Bombay plague: being a history of the progress of plague in the Bombay presidency from September 1896 to June 1899
Year: 1896
Disease focus: Plague
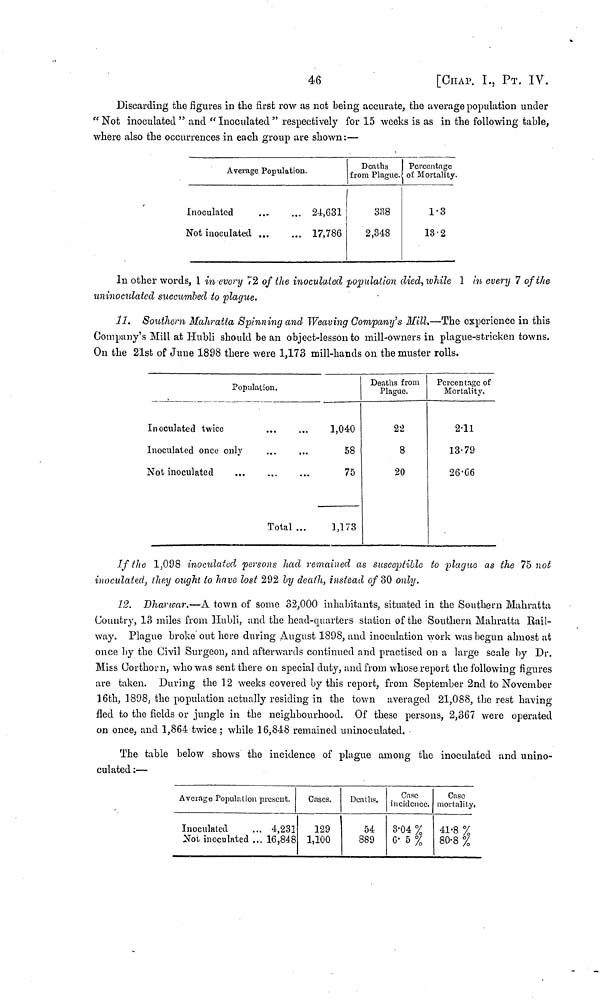
46
[CHAP. 1., ΡT. IV.
Discarding the figures in the first row as not being accurate, the average population under
" Not inoculated " and " Inoculated " respectively for 15 weeks is as in the following table,
where also the occurrences in each group are shown:—
Average Population.
Inoculated
24,631
Not inoculated
17,786
Deaths
from Plague.
338
2,348
Percentage
oí Mortality.
1.3
13.2
In other words, 1 in every 72 of the inoculated population died, while 1 in every 7 of the
uninoculatcd succumbed to plague.
11. Southern Mahratta Spinning and Weaving Company's Mill.—The experience in this
Company's Mill at Hubli should be an object-lesson to mill-owners in plague-stricken towns.
On the 21st of June 1898 there were 1,173 mill-hands on the muster rolls.
Population.
Inoculated twice
1,040
Inoculated once only
...
...
58
Not inoculated
...
...
...
75
Total...
1,173
Deaths from
Plague.
22
8
20
Percentage of
Mortality.
2-11
13.79
26.66
If the 1,098 inoculated persons had remained as susceptible to plague as the 75 not
inoculated, they ought to have lost 292 by death, instead of 30 only.
12. Dharwar.—A town of some 32,000 inhabitants, situated in the Southern Mahratta
Country, 13 miles from Hubli, and the head-quarters station of the Southern Mahratta Rail-
way. Plague broke out here during August 1898, and inoculation work was begun almost at
once by the Civil Surgeon, and afterwards continued and practised on a large scale by Dr.
Miss Corthorn, who was sent there on special duty, and from whose report the following figures
are taken. During the 12 weeks covered by this report, from September 2nd to November
16th, 1898, the population actually residing in the town averaged 21,088, the rest having
fled to the fields or jungle in the neighbourhood. Of these persons, 2,367 were operated
on once, and 1,864 twice ; while 16,848 remained uninoculated.
The table below shows the incidence of plague among the inoculated and unino-
culated :—
Average Population present.
Inoculated
... 4,231
Not inoculated ... 16,848
Cases.
129
1,100
Deaths.
54
889
Case
incidence.
3.04 %
6.5 %
Case
mortality.
41.8 %
80.8 %